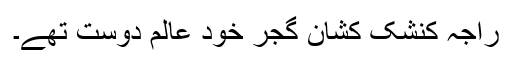
راجہ کنشک کشان گجر خود عالم دوست تھے۔